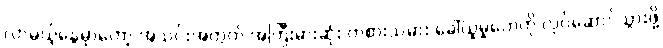
လာမယ့်နွေမှာတော့ အသင်းအတွက် အကြီးမားဆုံး ကစားသမား ခေါ်ယူမှုတွေကို လုပ်ဆောင်သွားဖို့